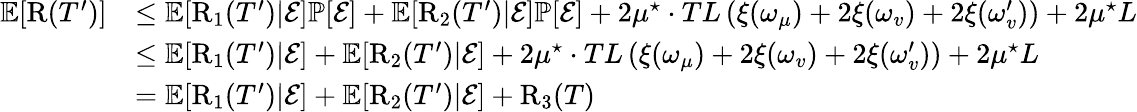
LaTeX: \begin{array}{rl}{\mathbb{E}[\mathrm{R}(T^{\prime})]}&{\leq\mathbb{E}[\mathrm{R}_{1}(T^{\prime})|\mathcal{E}]\mathbb{P}[\mathcal{E}]+\mathbb{E}[\mathrm{R}_{2}(T^{\prime})|\mathcal{E}]\mathbb{P}[\mathcal{E}]+2\mu^{\star}\cdot TL\left(\xi(\omega_{\mu})+2\xi(\omega_{v})+2\xi(\omega_{v}^{\prime})\right)+2\mu^{\star}L}\\ &{\leq\mathbb{E}[\mathrm{R}_{1}(T^{\prime})|\mathcal{E}]+\mathbb{E}[\mathrm{R}_{2}(T^{\prime})|\mathcal{E}]+2\mu^{\star}\cdot TL\left(\xi(\omega_{\mu})+2\xi(\omega_{v})+2\xi(\omega_{v}^{\prime})\right)+2\mu^{\star}L}\\ &{=\mathbb{E}[\mathrm{R}_{1}(T^{\prime})|\mathcal{E}]+\mathbb{E}[\mathrm{R}_{2}(T^{\prime})|\mathcal{E}]+\mathrm{R}_{3}(T)}\end{array}